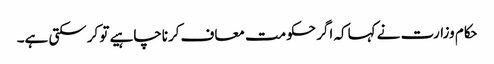
حکام وزارت نے کہاکہ اگر حکومت معاف کرناچاہیے تو کرسکتی ہے۔